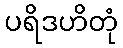
ပရိဒဟိတုံ